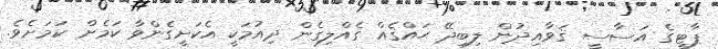
ޕާޓީގެ އަސާސީ ޤަވާއިދުން ލިބިދޭ ޙައްޤެއް ގެއްލިގެން ދިއުމަކީ އެކަށީގެންވާ ކަމެށް ކަމަށެވެ.